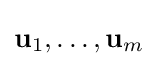
\mathbf {u} _{1},\ldots ,\mathbf {u} _{m}